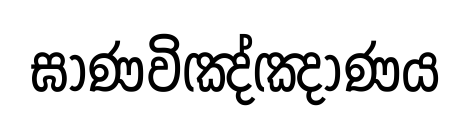
ඝාණවිඤ්ඤාණය